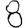
Digit: 8